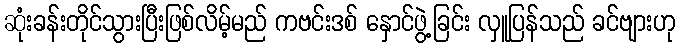
ဆုံးခန်းတိုင်သွားပြီးဖြစ်လိမ့်မည် ကဗင်းဒစ် နှောင်ဖွဲ့ခြင်း လှူပြန်သည် ခင်ဗျားဟု